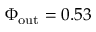
\Phi _ { \mathrm { o u t } } = 0 . 5 3